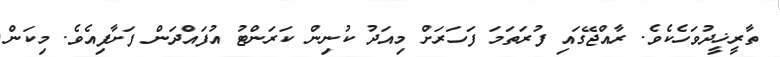
ތާރީޚީދުވަހެކެވެ. ރާއްޖޭގައި ފުރަތަމަ ފަހަރަށް މިއަދު ކުނިން ކަރަންޓު އުފައްދަން ފަށާފިއެވެ. މިކަން